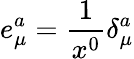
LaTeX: e_{\mu}^{a}=\frac{1}{x^{0}}\delta_{\mu}^{a}